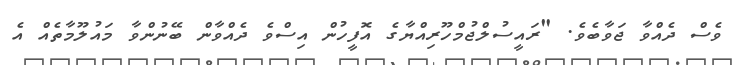
ވެސް ދެއްވާ ޖަވާބެވެ. "ރައީސުލްޖުމްހޫރިއްޔާގެ އޮފީހުން އިސްވެ ދެއްވާން ބޭނުންވާ މައުލޫމާތެއް އެ